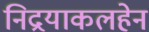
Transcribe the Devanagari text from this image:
निद्रयाकलहेन